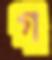
গ